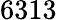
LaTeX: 6313